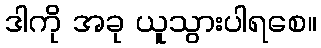
ဒါကို အခု ယူသွားပါရစေ။